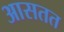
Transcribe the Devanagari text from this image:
आसतत